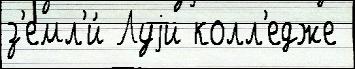
з'емл'и́ Луjи колл'едже